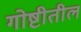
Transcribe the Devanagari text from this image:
गोष्टीतील